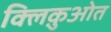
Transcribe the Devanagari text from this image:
क्लिक़ुओत